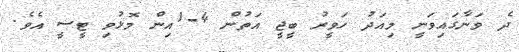
ދެ ވަނާގައިވަނީ މިއަދު ހަވީރު ބީޖީ އަތުން 4-1އިން މޮޅުވި ޓީސީ އެވެ.